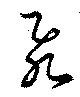
飛